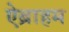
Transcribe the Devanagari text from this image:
ऐब्राहम